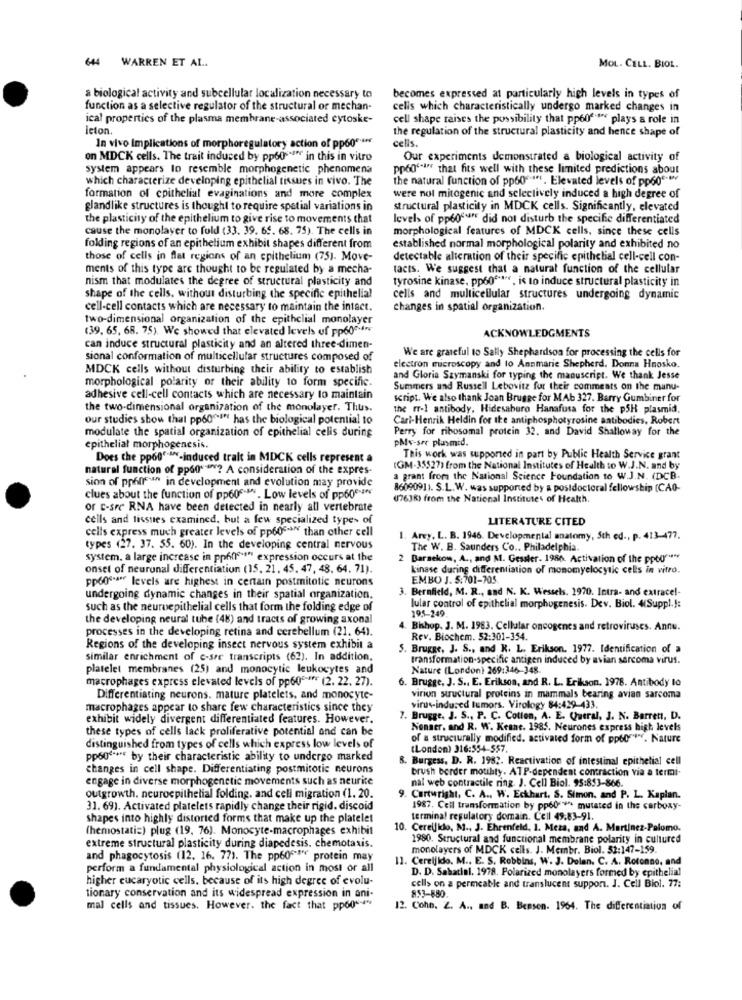
644 WARREN ET AL.
MOL. CELL. BIOL.
a biological activity and subcellular localization necessary to
becomes expressed at particularly high levels in types of
function as a selective regulator of the structural or mechan-
cells which characteristically undergo marked changes in
ical properties of the plasma membrane-associated cytoske-
cell shape raises the possibility that pp60ft plays a role in
leton
the regulation of the structural plasticity and hence shape of
cells .
In vivo Implications of morphoregulatory action of pp60 *****
on MDCK cells. The trait induced by pp60""""" in this in vitro
Our experiments demonstrated a biological activity of
system appears to resemble morphogenetic phenomena
pp6g'"i" that fits well with these limited predictions about
which characterize developing epithelial tissues in vivo. The
the natural function of pp60"if. Elevated levels of pp60"-e
formation of epithelial evaginations and more complex
were nol mitogenic and selectively induced a high degree of
glandlike structures is thought to require spatial variations in
structural plasticity in MDCK cells. Significantly, elevated
the plasticity of the epithelium to give rise to movements chat
levels of pp606" did not disturb the specific differentiated
cause the monolayer to fold (33. 39. 65. 68. 75). The cells in
morphological features of MDCK cells, since these cells
folding regions of an epithelium exhibit shapes different from
established normal morphological polarity and exhibited no
those of cells in flat regions of an epithelium (75). Move-
detectable alteration of their specific epithelial cell-cell con-
ments of this type are thought to be regulated by a mecha-
tacts. We suggest that a natural function of the cellular
nism that modulates the degree of structural plasticity and
tyrosine kinase, pp60 *****, is to induce structural plasticity in
shape of the cells. without disturbing the specific epithelial
cells and multicellular structures undergoing dynamic
cell-cell contacts which are necessary to maintain the intact.
changes in spatial organization.
two-dimensional organization of the epithelial monolayer
(39, 65, 68. 75). We showed that elevated levels of pp60es-
ACKNOWLEDGMENTS
can induce structural plasticity and an altered three-dimen-
We are grateful to Sally Shephardson for processing the cells for
sional conformation of multicellular structures composed of
MDCK cells without disturbing their ability to establish
electron microscopy and to Annmarie Shepherd. Donna Hnosko.
morphological polarity or their ability to form specific.
and Gloria Szymanski for typing the manuscript. We thank Jesse
Summers and Russell Lebovitz for their comments on the manu-
adhesive cell-cell contacts which are necessary to maintain
script. We also thank Joan Brugge for MAb 327. Barry Gumbiner for
the two-dimensional organization of the monolayer. Thus.
the rr-1 antibody, Hidesaburo Hanafusa for the pSH plasmid,
our studies show that pp60"""" has the biological potential to
Cari-Henrik Heldin for Ike antiphosphotyrosine antibodies, Robert
modulate the spatial organization of epithelial cells during
Perry for ribosomal protein 32. and David Shalloway for the
PMv-ser plasmid.
epithelial morphogenesis.
Does the ppone -- induced tralt in MDCK cells represent a
This work was supported in part by Public Health Service grant
natural function of pp60* **? A consideration of the expres-
(GM-35527) from the National Institutes of Health to W.J.N. and by
sion of pp6na^ in development and evolution may provide
a grant from the National Science Foundation to W.J.N. (DCB.
86090911. S.L.W. was supported by a postdoctoral fellowship (CAO-
clues about the function of pp60" . Low levels of pp60e-4
(763R) from the National Institutes of Health.
or E-sre RNA have been detected in nearly all vertebrate
cells and tissues examined, but a few specialized types of
LITERATURE CITED
cells express much greater levels of pp60 -s than other cell
-
Arry. L. B. 1946. Developmental anatomy, 5th ed ., p. 413-477.
types (27. 37. 55. 60). In the developing central nervous
The W. B. Saunders Co .. Philadelphia
system. a large increase in ppen **** expression occurs at the
2 Barnekow, A ., and M. Gessler. 1986. Activation of the ppoor ****
onset of neuronal differentiation (15, 21. 45. 47, 48. 64. 71).
kinase during differentiation of monomyelocytic cells in vitro.
pp60""a" levels are highest in certain postmitotic neurons
EMBO J. 5:701-705
3. Bernfield, M. R ., and N. K. Wessels. 1970. Intra- and extrace !-
undergoing dynamic changes in their spatial organization.
such as the neuroepithelial cells that form the folding edge of
lular control of epithelial morphogenesis. Dev. Biol. 4(Suppl.J:
195-249
the developing neural tube (48) and tracts of growing axonal
processes in the developing retina and cerebellum (21. 64).
Bishop, J. M. 1983. Cellular oncogenes and retroviruses. Annu.
Rev. Biochem. 52:301-354.
Regions of the developing insect nervous system exhibit a
5. Brugge, J. S ., and K. L. Erikson. 1977. Identification of a
similar enrichment of e-sre transcripts (62). In addition,
transformation-specific antigen induced by avian sarcoma virus.
platelet membranes (25) and monocytic leukocytes and
Nature (London) 269:346-348.
macrophages express elevated levels of pp60 ***** (2. 22. 27).
6. Brugge, J. S ., E. Erikson, and R. L. Erikson, 1978. Antibody lo
Differentiating neurons. mature platelets, and monocyte-
virion structural proteins in mammals bearing avian sarcoma
macrophages appear to share few characteristics since they
virus-induced tumors. Virology 84:429-433.
exhibit widely divergent differentiated features. However.
7. Brugge, J. S ., P. C. Cotien, A. E. Queral, J. N. Barrett, D.
these types of cells lack proliferative potential and can be
Nonser. and R. W. Keane. 1985. Neurones express high levels
of a structurally modified. activated form of pp60". Nature
distinguished from types of cells which express low levels of
(London) 316:554-557
pp60"" *** by their characteristic ability to undergo marked
8. Burgess. D. R. 1982. Reactivation of intestinal epithelial cell
changes in cell shape. Differentiating postmitotic neurons
brush border motihty. ATP-dependent contraction via a termi-
engage in diverse morphogenetic movements such as neurite
nal web contractile ring. J. Cell Biol. 95:853-866.
outgrowth. neuroepithelial folding, and cell migration (1. 20.
9. Cartwright, C. A ., W. Eckhart. S. Simon, and P. L. Kaplan.
31. 69). Activated platelets rapidly change their rigid. discoid
1987. Cell transformation by pp60s *** mutated in the carboxy-
shapes into highly distorted forms that make up the platelet
terminal regulatory domain. Cell 49:83-91.
(hemostatis) plug (19. 76). Monocyte-macrophages exhibit
. Cereilido, M ., J. Ehrenfeld, 1. Meza, and A. Martinez-Palomo.
1980. Structural and functional membrane polarity in cultured
extreme structural plasticity during diapedesis. chemotaxis.
monolayers of MDCK cells. J. Membr. Biol. 52:147-159.
and phagocytosis (12, 16. 77). The pp60"""e protein may
11. Cereijkdo. M ., E. S. Robbins, W. J. Dolan. C. A. Rotonno, and
perform a fundamental physiological action in most or all
D. D. Sabatial. 1978. Polarized monolayers formed by epithelial
higher eucaryotic cells, because of its high degree of evolu-
cells on a permeable and translucent support. J. Cell Biol. 77:
tionary conservation and its widespread expression in ani-
853-880.
mal cells and tissues. However. the fact that pp60-
12. Coho. Z. A ., and B. Benson. 1964. The differentiation of